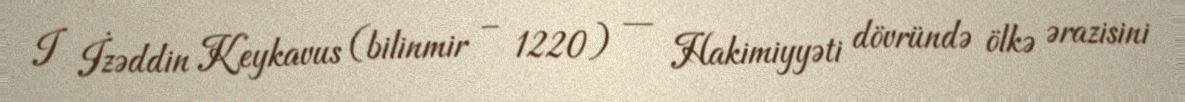
I İzəddin Keykavus (bilinmir – 1220) — Hakimiyyəti dövründə ölkə ərazisini